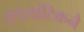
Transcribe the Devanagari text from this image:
अटलांटिकने